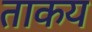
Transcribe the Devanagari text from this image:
ताकय